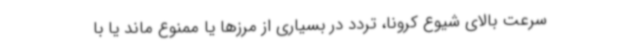
سرعت بالای شیوع کرونا، تردد در بسیاری از مرزها یا ممنوع ماند یا با